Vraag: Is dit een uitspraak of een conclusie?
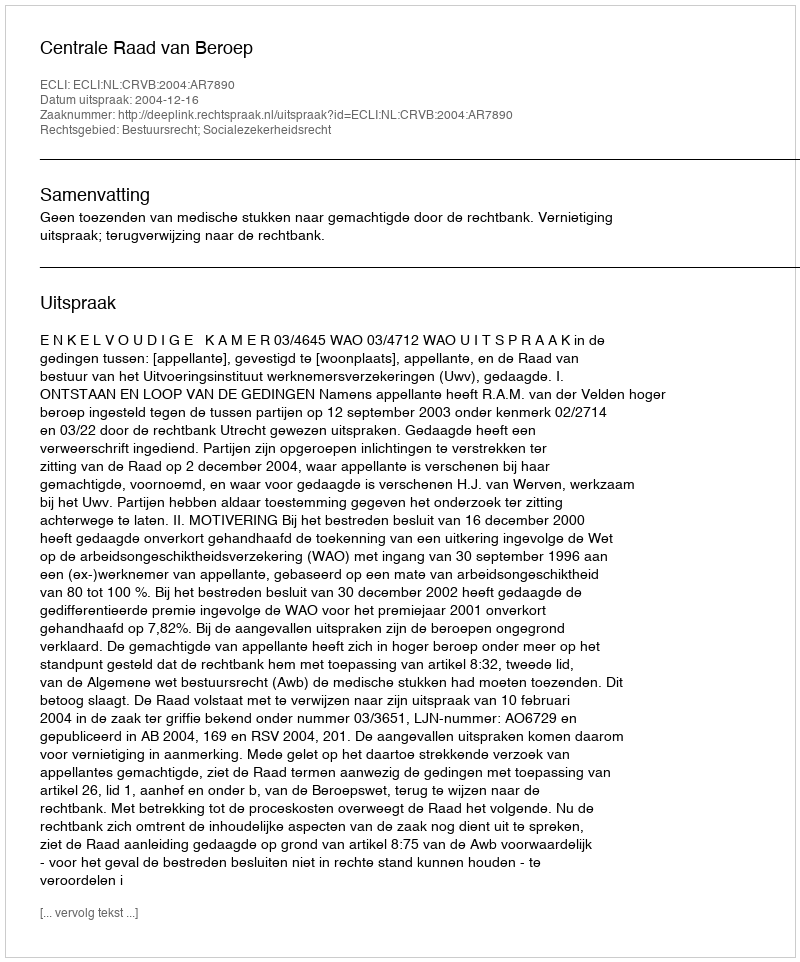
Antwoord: Uitspraak